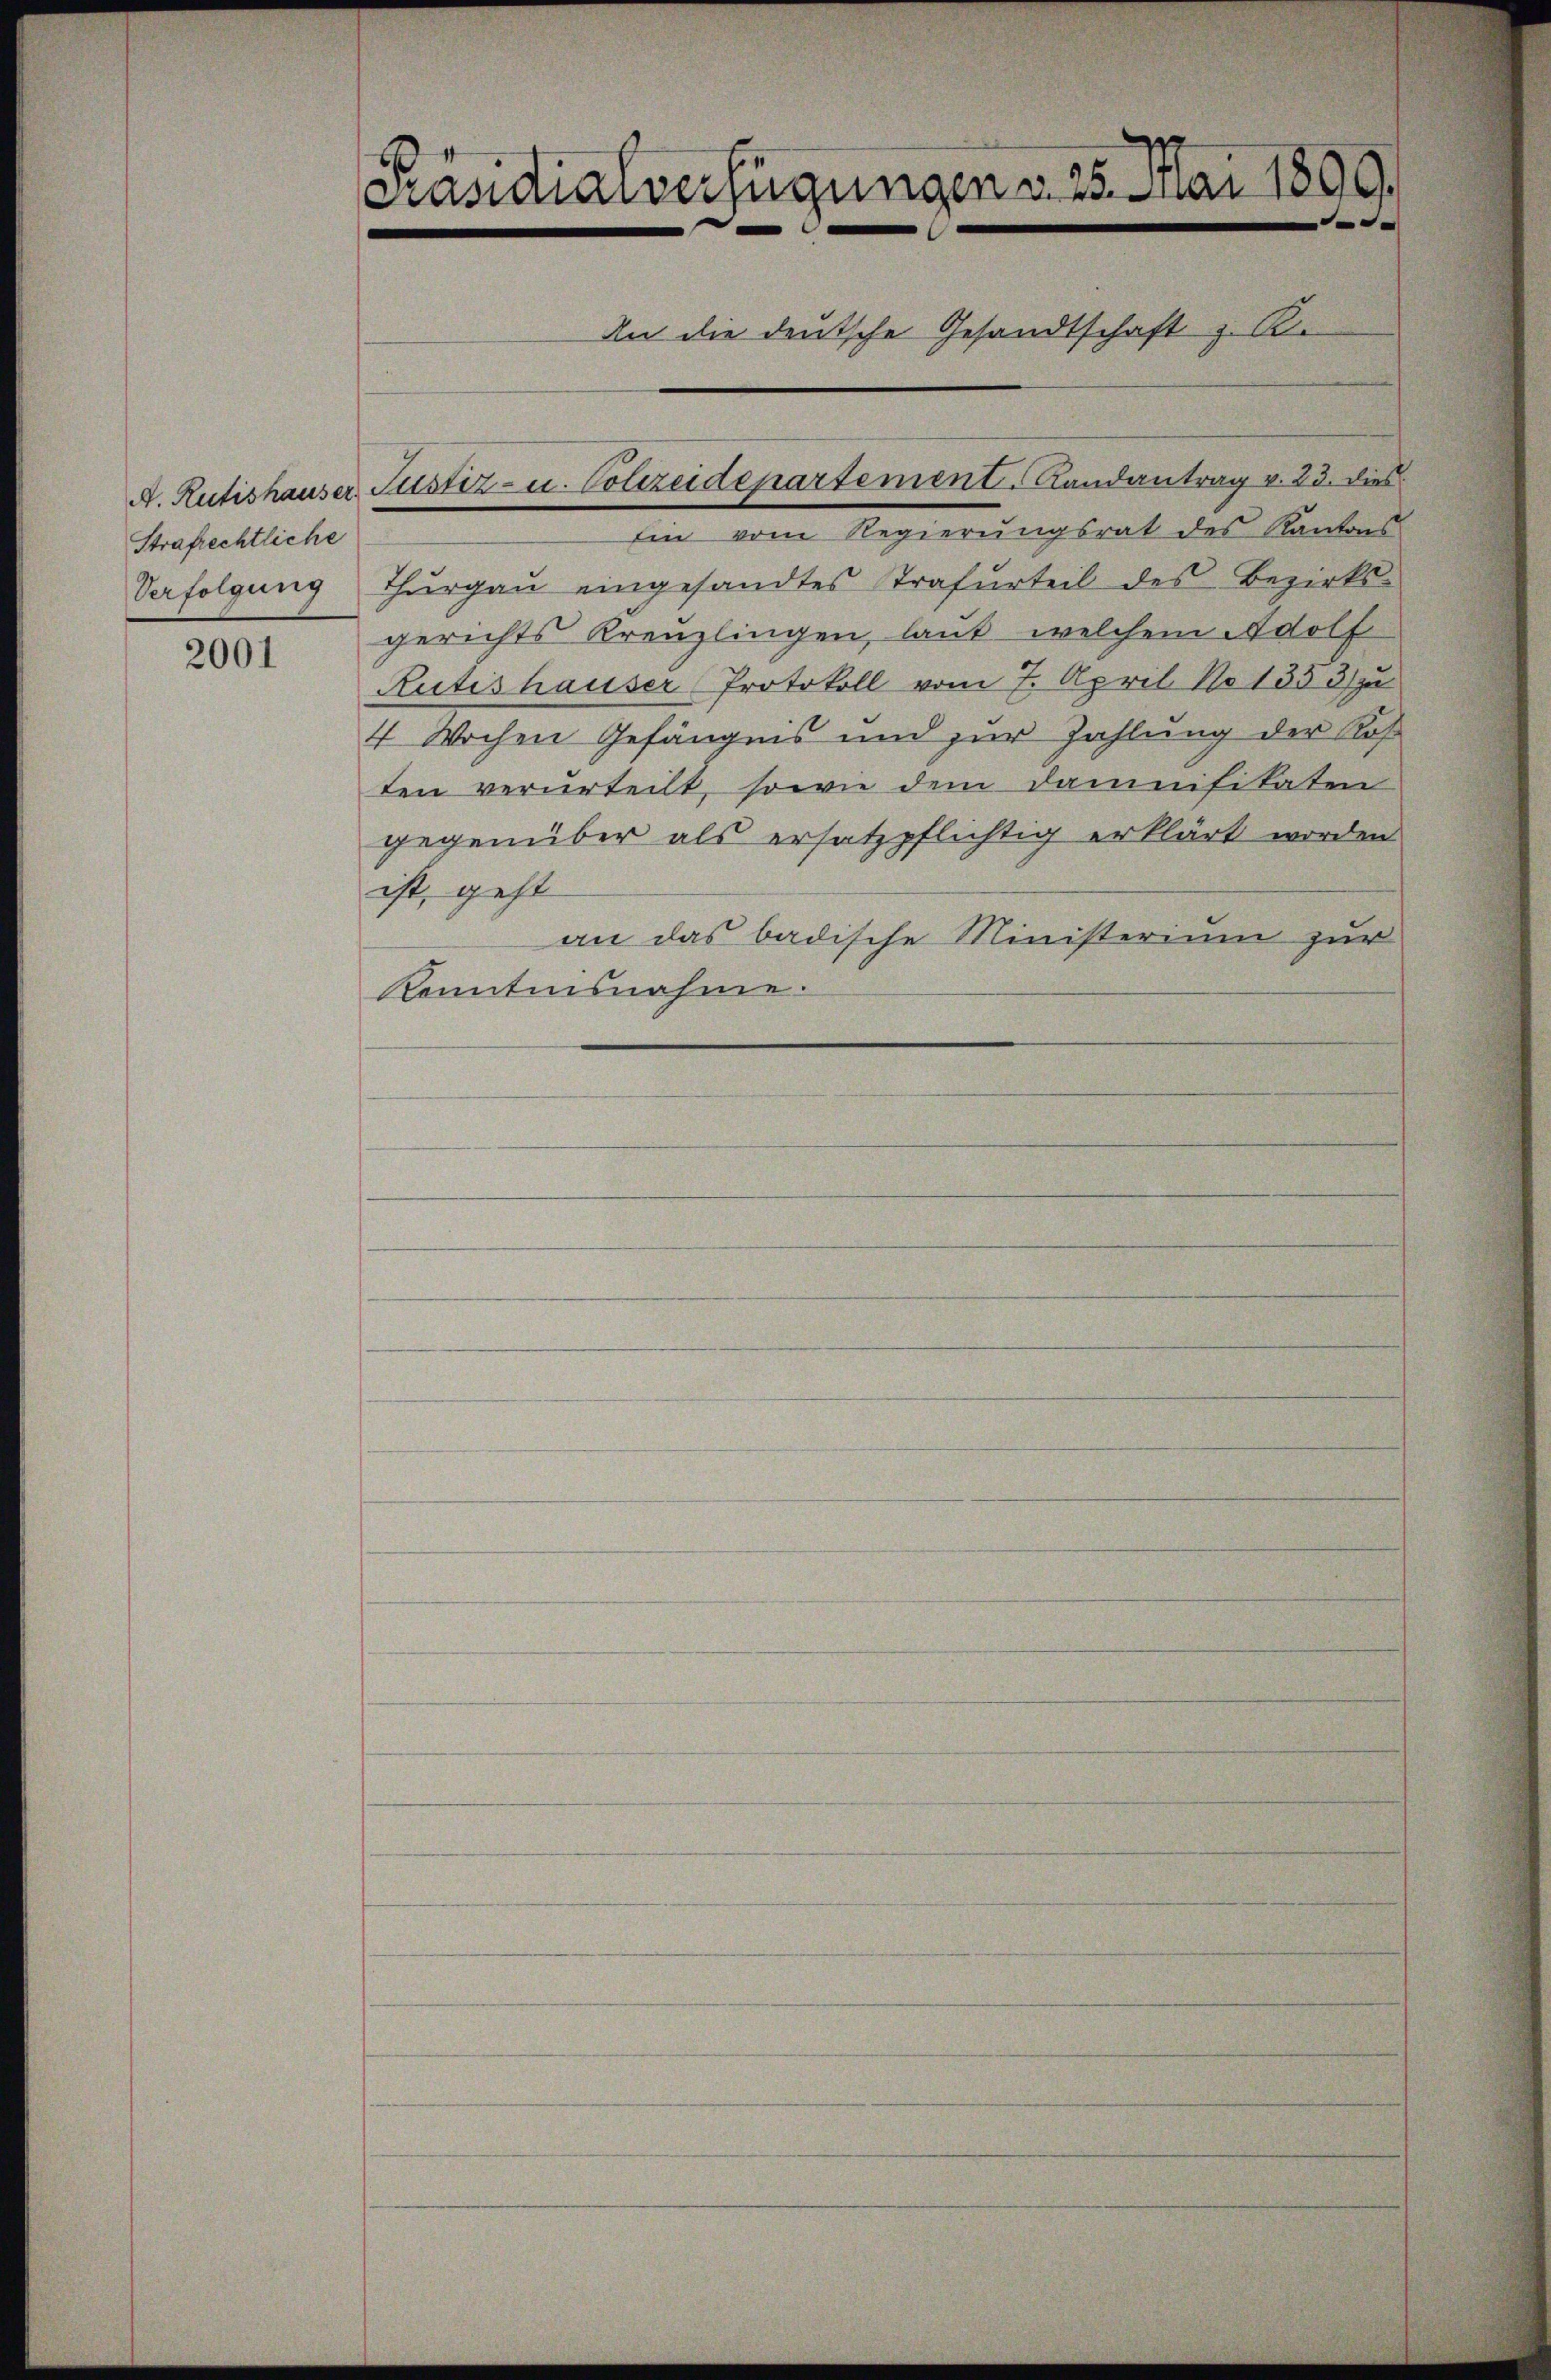
Strafrechtliche
Verfolgung

2001

Präsidialverfügungen d. 25. Mai 1809.
e
An die deutsche Gesandtschaft z. B.
A. Rütishauser Justiz- u. Polizeidepartement. Landantrag v. 23. dies

Ein vom Regierungsrat des Kantons
Thŭrgaŭ eingesandtes trafurteil des Bezirks-
gerichts Kreuzlingen, laut welchem Adolf
Rütishauser Protokoll vom 7. April No 1333) zu
4 Wochen Gefängnis und zur Zahlung der Ros
ten verurteilt, sowie dem Daunisitaten
gegenüber als ersatzpflichtig erklärt worden
ist, geht
an das badische Ministerium zur
Kenntnisnahme.